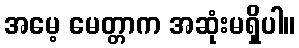
အမေ့ မေတ္တာက အဆုံးမရှိပါ။